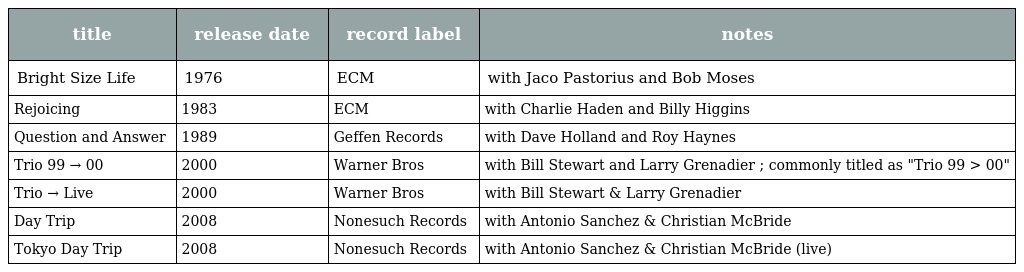
| title | release date | record label | notes |
 | --- | --- | --- | --- |
 | Bright Size Life | 1976 | ECM | with Jaco Pastorius and Bob Moses |
 | Rejoicing | 1983 | ECM | with Charlie Haden and Billy Higgins |
 | Question and Answer | 1989 | Geffen Records | with Dave Holland and Roy Haynes |
 | Trio 99 → 00 | 2000 | Warner Bros | with Bill Stewart and Larry Grenadier ; commonly titled as "Trio 99 > 00" |
 | Trio → Live | 2000 | Warner Bros | with Bill Stewart & Larry Grenadier |
 | Day Trip | 2008 | Nonesuch Records | with Antonio Sanchez & Christian McBride |
 | Tokyo Day Trip | 2008 | Nonesuch Records | with Antonio Sanchez & Christian McBride (live) |